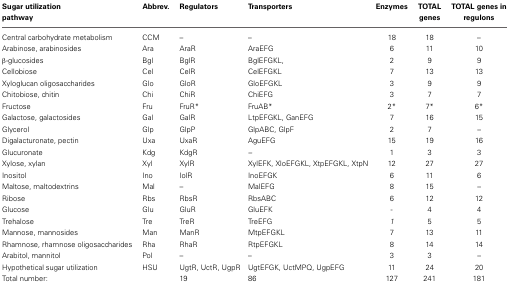
| Sugar utilization pathway | Abbrev. | Regulators | Transporters | Enzymes | TOTAL genes | TOTAL genes in regulons |
 | --- | --- | --- | --- | --- | --- | --- |
 | Central carbohydrate metabolism | CCM | – | – | 18 | 18 | – |
 | Arabinose, arabinosides | Ara | AraR | AraEFG | 6 | 11 | 10 |
 | β-glucosides | Bgl | BglR | BglEFGKL, | 2 | 9 | 9 |
 | Cellobiose | Cel | CelR | CelEFGKL | 7 | 13 | 13 |
 | Xyloglucan oligosaccharides | Glo | GloR | GloEFGKL | 3 | 9 | 9 |
 | Chitobiose, chitin | Chi | ChiR | ChiEFG | 3 | 7 | 7 |
 | Fructose | Fru | FruR* | FruAB* | 2* | 7* | 6* |
 | Galactose, galactosides | Gal | GalR | LtpEFGKL, GanEFG | 7 | 16 | 15 |
 | Glycerol | Glp | GlpP | GlpABC, GlpF | 2 | 7 | – |
 | Digalacturonate, pectin | Uxa | UxaR | AguEFG | 15 | 19 | 16 |
 | Glucuronate | Kdg | KdgR | – | 1 | 3 | 3 |
 | Xylose, xylan | Xyl | XylR | XylEFK, XloEFGKL, XtpEFGKL, XtpN | 12 | 27 | 27 |
 | Inositol | Ino | IolR | InoEFGK | 6 | 11 | 6 |
 | Maltose, maltodextrins | Mal | – | MalEFG | 8 | 15 | – |
 | Ribose | Rbs | RbsR | RbsABC | 6 | 12 | 12 |
 | Glucose | Glu | GluR | GluEFK | - | 4 | 4 |
 | Trehalose | Tre | TreR | TreEFG | 1 | 5 | 5 |
 | Mannose, mannosides | Man | ManR | MtpEFGKL | 7 | 13 | 11 |
 | Rhamnose, rhamnose oligosaccharides | Rha | RhaR | RtpEFGKL | 8 | 14 | 14 |
 | Arabitol, mannitol | Pol | – | – | 3 | 3 | – |
 | Hypothetical sugar utilization | HSU | UgtR, UctR, UgpR | UgtEFGK, UctMPQ, UgpEFG | 11 | 24 | 20 |
 | Total number: |  | 19 | 86 | 127 | 241 | 181 |